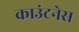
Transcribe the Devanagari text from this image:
काउंटनेस